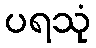
ပရသုံ